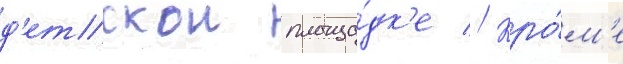
д'етскои площа́дк'е // Кро́м'е